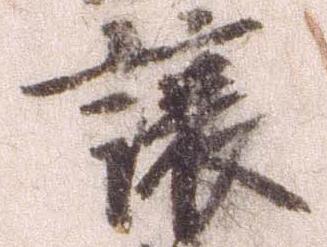
譲